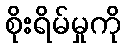
စိုးရိမ်မှုကို